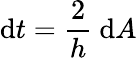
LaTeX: \mathrm{d}t={\frac{2}{h}}\ \mathrm{d}A